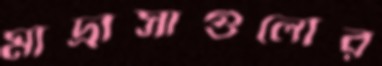
মাদ্রাসাগুলোর